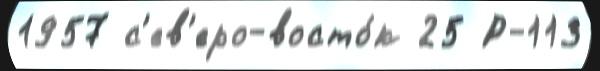
1957 с'ев'еро-восто́к 25 Р-113